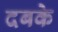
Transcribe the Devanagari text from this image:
दबके